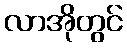
လာအိုတွင်